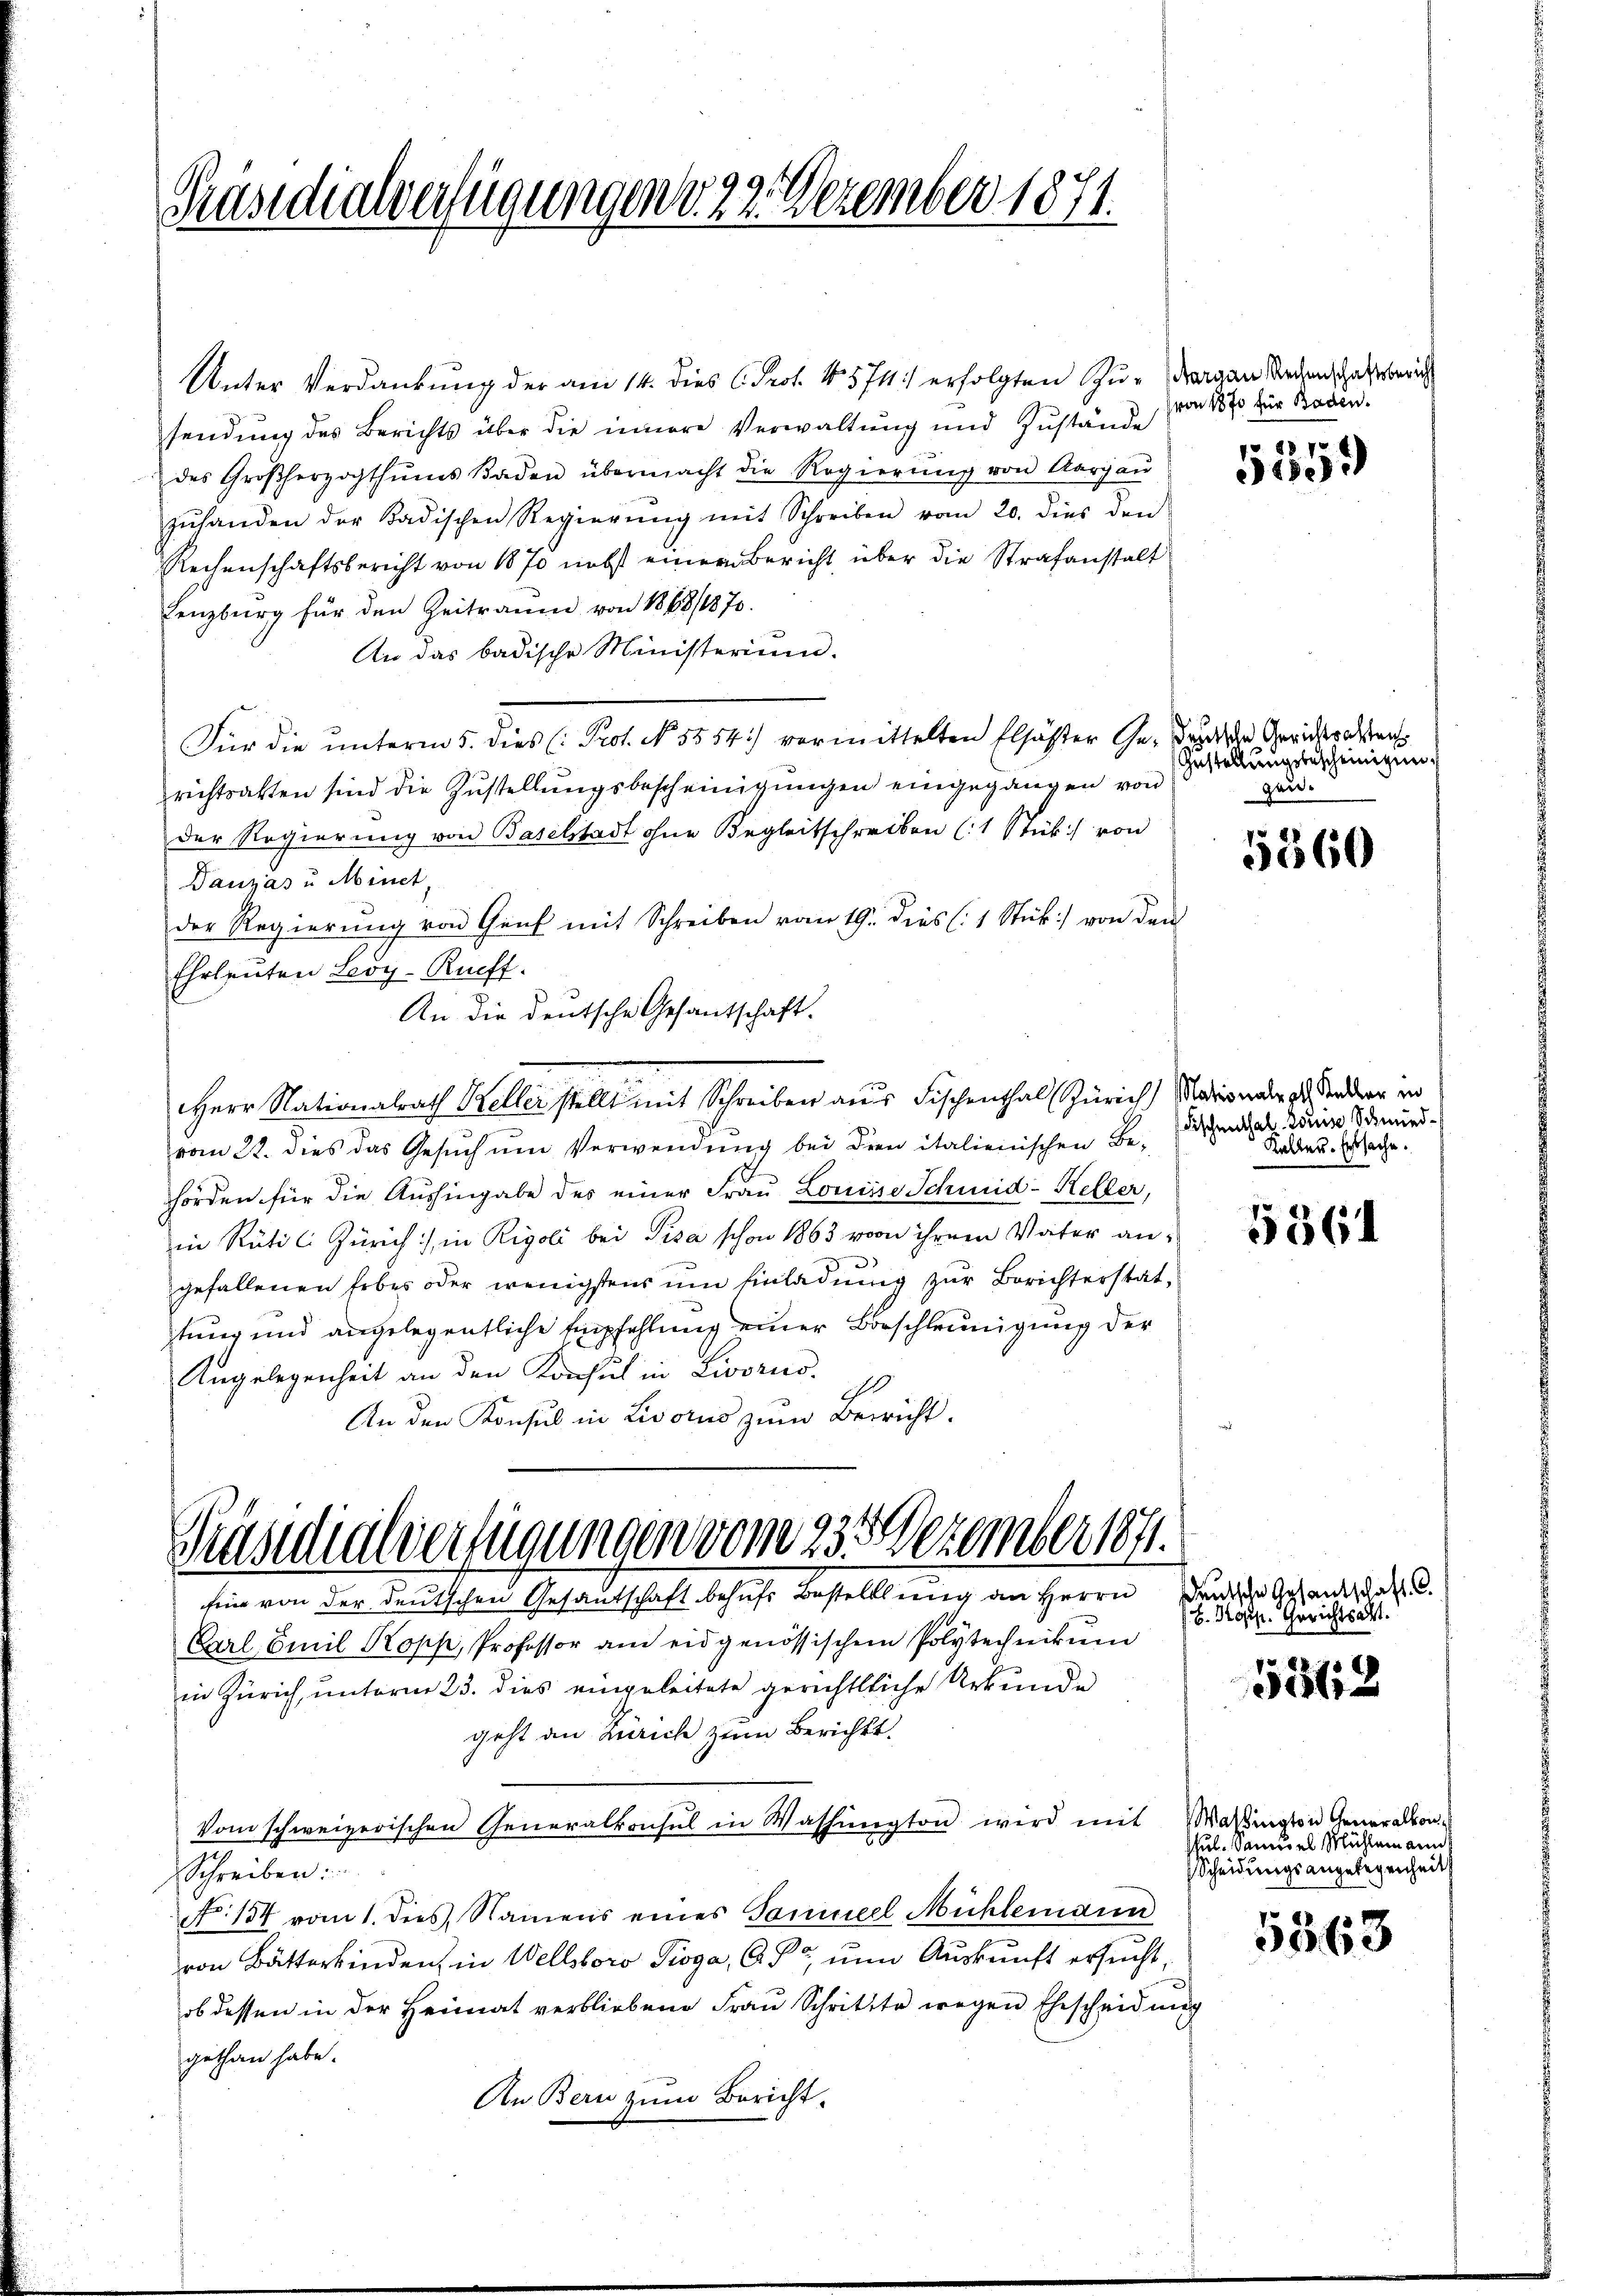
Präsidialverfügungen v. 22. Dezember 1871.

Unter Verdankung der am 14. dies C. Prot. 4574) erfolgten Zu- Fragen Rechenschaft berich
sendung des Berichts über die innere Verwaltung und Zustände
des Großherzogthums Baden übermacht die Regierŭng von Aargaŭ
zuhanden der Badischen Regierŭng mit Schreiben vom 20. dies den
Rechenschaftsbericht von 1870 nebst einem Bericht über die Strafanstalt
Lenzburg für den Zeitraum von 1868/1870.
An das badische Ministerium.
Für die unterm 5. dies C. Prof. No. 5354) vermittelten Elsässer Ge- Bruder Gerichteraten
richtsakten sind die Zustellungsbescheinigungen eingegangen von
der Regierung von Baselstadt ohne Begleitschreiben (1 Stück von
Dauzas u. Minet,
der Regierŭng von Genf mit Schreiben vom 19. dies (1 Stück von den
Ehrleuten Leoy-Rucft.
An die deutsche Gesantschaft.
Herr Nationalrath Keller stellt mit Schreiben aus Fischenthal Zürich) Nationale zu Sondern in
vom 22. dies das Gesŭch ŭm Verwendŭng bei dien italienischen Be-
hörden für die Aushingabe des einer Frau Louisse Schmid-Keller,
in Rüti C. Zürich), in Rigoli bei Pisa schon 1863 von ihrem Vater an¬
2
gefallenen Erbes oder wenigstens um Einladung zur Berichterstattung und angelegentliche Empfehlung einer Beschleunigung der
Angelegenheit an den Konsul in Livorno.
10
An den Konsul in Livorus zum Bewicht.

Carl Emil Kopp, Professor am eidgenössischem Polytechnikum
in Zürich, unterm 23. dies eingeleitete gerichtliche Urkunde
geht an Zürich zum Berichts¬
Vom schweizerischen Generalkonsul in Washington wird mit
Schreiben:
N. 134 vom 1. dies, Namens eines Samuel Mühlemann
von Butterkinden, in Wellsbors Pioga, G. P. um Auskunft ersucht,
ob dessen in der Heimat verbliebene Frau Schritte wegen Ehescheidung
gethan habe.
An Bern zum Bericht.

Präsidialverfügungen vom 23. Dezember 1871.
Ein von der deutschen Gesantschaft behufs Bestelllung an Herrn

von 1870 für Baden.

887. 6
die ih

Gestellungsbescheinigen
gen¬

5360

Fischenthal. Doris Schmied¬
Kaller. Erbsache.

5361

Deutsche Gesantschaft C.
B. Kopf. Gerichtsalt.

5312

Wasington Generalkon
ul. andel Mühlemann
Scheidungsangelegenheit

5563